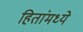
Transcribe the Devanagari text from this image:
हितांमध्ये